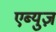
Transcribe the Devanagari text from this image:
एब्युज़